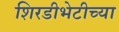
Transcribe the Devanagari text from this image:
शिरडीभेटीच्या